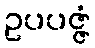
ဥပပဇ္ဇံ